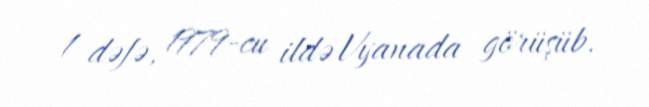
1 dəfə, 1979-cu ildə Vyanada görüşüb.